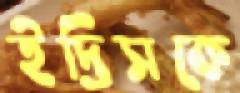
ইদ্রিসকে